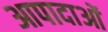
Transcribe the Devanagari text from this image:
आपादाओं